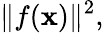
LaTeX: \| f(\mathbf{x})\| ^{2},